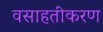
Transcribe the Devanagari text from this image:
वसाहतीकरण